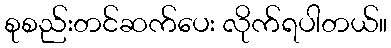
စုစည်းတင်ဆက်ပေး လိုက်ရပါတယ်။